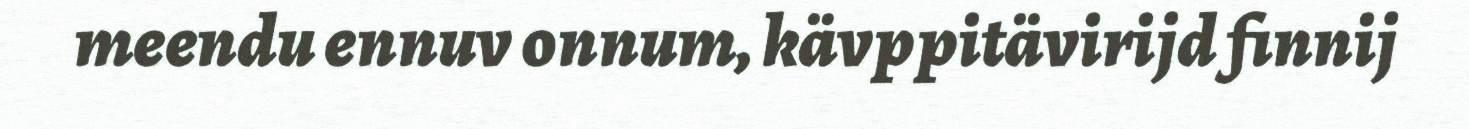
meendu ennuv onnum, kävppitävirijd finnij